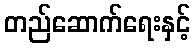
တည်ဆောက်ရေးနှင့်